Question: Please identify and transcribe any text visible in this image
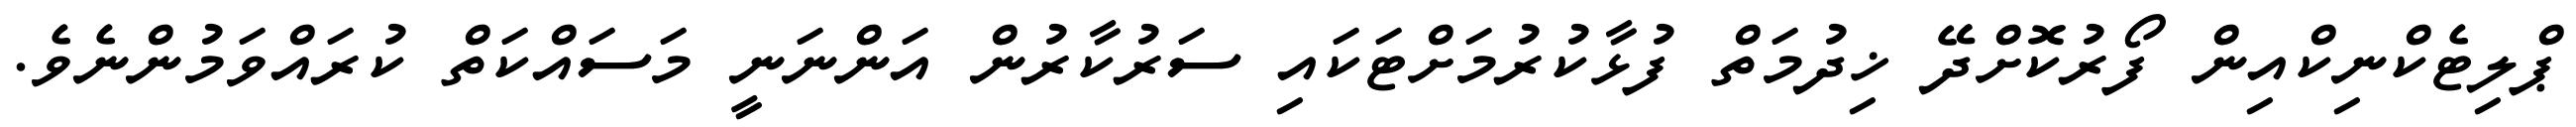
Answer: ޕްލިޓެކްނިކްއިން ފޯރުކޮށްދޭ ޚިދުމަތް ފުޅާކުރުމަށްޓަކައި ސަރުކާރުން އަންނަނީ މަސައްކަތް ކުރައްވަމުންނެވެ.